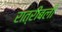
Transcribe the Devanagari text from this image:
रात्रीबली